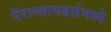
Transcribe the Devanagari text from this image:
पॅराग्लायडर्समध्ये